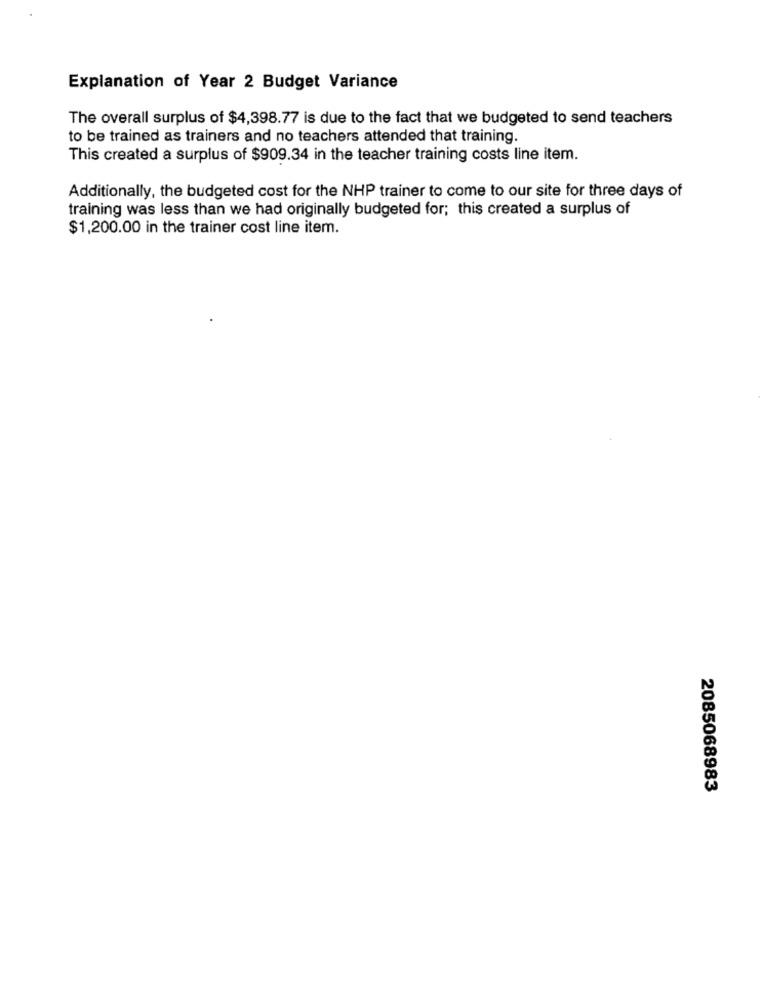
Explanation of Year 2 Budget Variance
The overall surplus of $4,398.77 is due to the fact that we budgeted to send teachers
to be trained as trainers and no teachers attended that training.
This created a surplus of $909.34 in the teacher training costs line item.
Additionally, the budgeted cost for the NHP trainer to come to our site for three days of
training was less than we had originally budgeted for; this created a surplus of
$1,200.00 in the trainer cost line item.
2085068983